Lunatic asylums in Bengal annual reports 1912-1924 - 1912-1924
Year: 1912
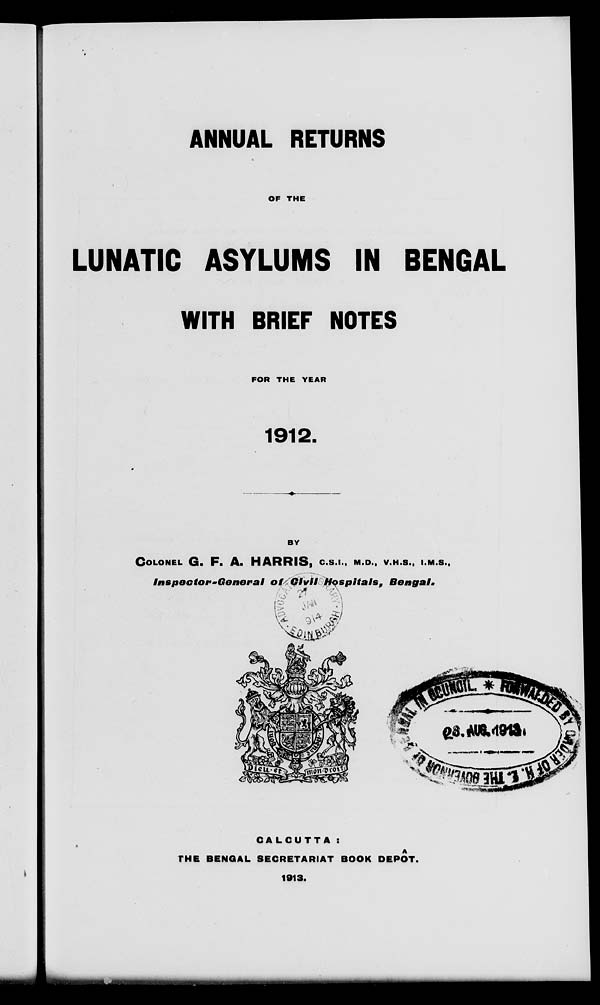
ANNUAL RETURNS
OF THE
LUNATIC ASYLUMS IN BENGAL
WITH BRIEF NOTES
FOR THE YEAR
1912.
BY
COLONEL G. F. A. HARRIS, C.S.I., M.D., V.H.S., I.M.S.,
Inspector-General
of Civil Hospitals,
Bengal.
CALCUTTA :
THE BENGAL SECRETARIAT BOOK DEPÔT.
1913.